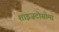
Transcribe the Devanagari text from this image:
शाइज़टोसोमा